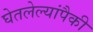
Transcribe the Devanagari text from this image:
घेतलेल्यांपैकी